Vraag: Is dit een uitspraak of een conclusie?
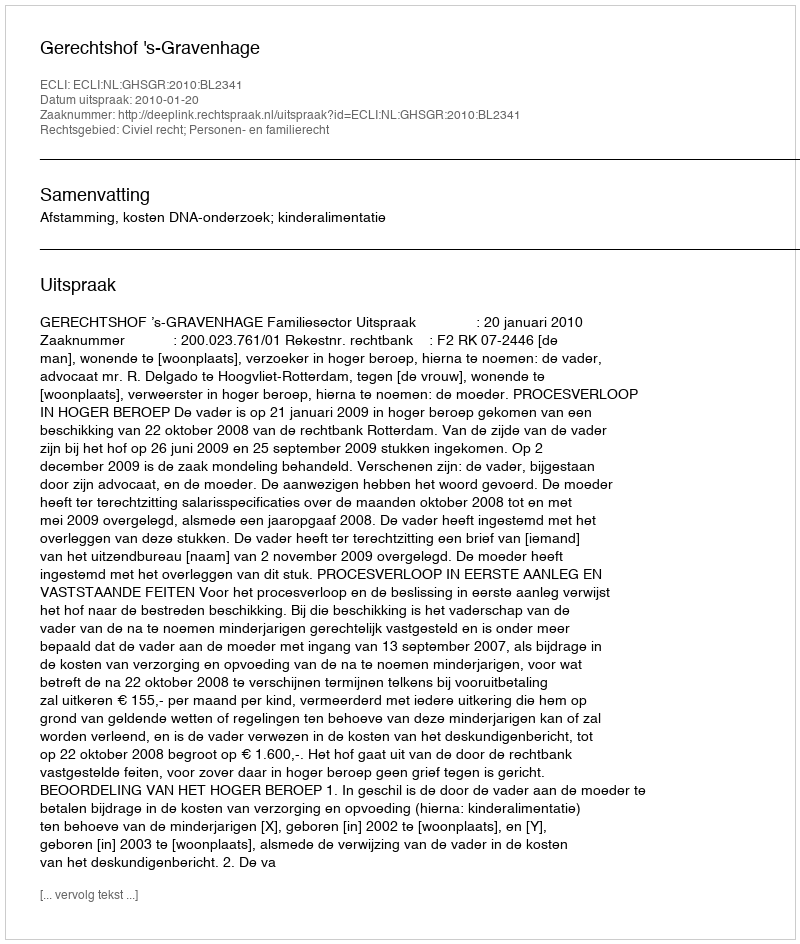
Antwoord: Uitspraak